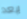
بعد